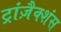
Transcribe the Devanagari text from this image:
ट्रांज़ैक्शंस